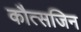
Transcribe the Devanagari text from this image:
कौत्सजिन